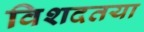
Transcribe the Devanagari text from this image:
विशदतया